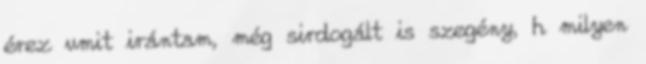
érez vmit irántam, még sirdogált is szegény, h milyen